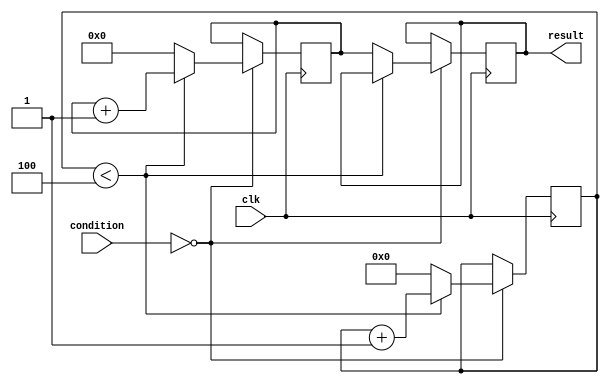
module loop_with_conditionals (
    input wire clk,
    input wire [3:0] condition,
    output reg [7:0] result
);

reg [3:0] counter;
reg [7:0] accumulator;

always @(posedge clk) begin
    if (condition == 4'b0000) begin
        counter <= counter + 1;
        if (counter < 4) begin
            accumulator <= accumulator + 1;
        end else begin
            result <= accumulator;
            counter <= 0;
            accumulator <= 0;
        end
    end else if (condition == 4'b0001) begin
        // Another branch of code based on a different condition
    end else begin
        // Default branch of code if condition does not match
    end
end

endmodule